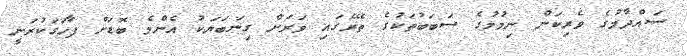
ސައްދާމުގެ ވެރިކަން ނިމުމުގެ ސަބަބުތަކުގެ ތެރޭގައި ވަރަށް ގިނަބަޔަކު އެންމެ ބޮޑަށް ފާހަގަކުރަނީ